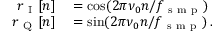
\begin{array} { r l } { r _ { \mathrm { ~ I ~ } } [ n ] } & { { } = \cos ( 2 \pi \nu _ { 0 } n / f _ { \mathrm { ~ s ~ m ~ p ~ } } ) } \\ { r _ { \mathrm { ~ Q ~ } } [ n ] } & { { } = \sin ( 2 \pi \nu _ { 0 } n / f _ { \mathrm { ~ s ~ m ~ p ~ } } ) \, . } \end{array}